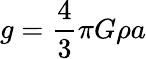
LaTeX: g=\frac{4}{3}\pi G\rho a